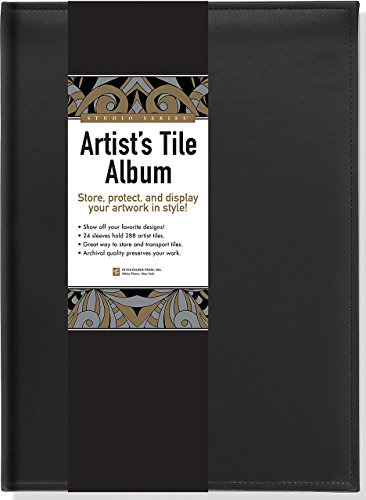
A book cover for Studio Series Artist's Tile Album; Peter Pauper Press; Arts & Photography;